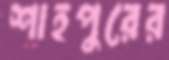
শাহপুরের